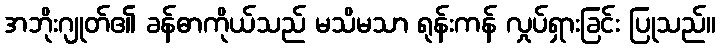
အဘိုးဂျုတ်၏ ခန်ဓာကိုယ်သည် မသိမသာ ရုန်းကန် လှုပ်ရှားခြင်း ပြုသည်။